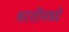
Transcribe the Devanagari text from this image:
भरतीमध्ये